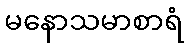
မနောသမာစာရံ